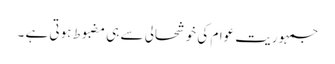
جمہوریت عوام کی خوشحالی سے ہی مضبوط ہوتی ہے ۔